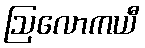
ဩလောကယီ